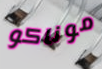
موناكو